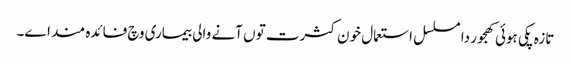
تازہ پکی ہوئی کھجور دا مسلسل استعمال خون کثرت تو‏ں آنے والی بیماری وچ فائدہ مند ا‏‏ے۔